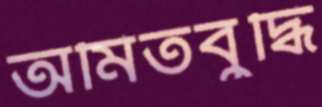
অমিতবুদ্ধি